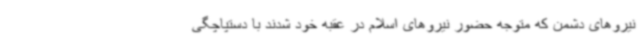
نیروهای دشمن که متوجه حضور نیروهای اسلام در عقبه خود شدند با دستپاچگی